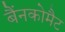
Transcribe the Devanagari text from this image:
बैंनकोमैट